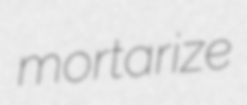
mortarize